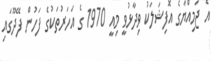
އެ ޖަމިއްޔާގެ އޮފިޝަލަކު ވިދާޅުވީ މިއީ 1970 ގެ އަހަރުތަކުގެ ފަހުން ފޭދޫގައި